system: You are a helpful assistant.
user:
Analyze the provided spectrum to determine if it is a **S-type Star**.

- **Key Indicators for S-type Star:**

    - **(Overall Spectrum Shape):** The first and most obvious characteristic is the overall continuum (the "baseline" shape). It is **extremely "red-sloping,"** meaning the flux (light intensity) is very low on the left side (blue, ~4000-4500 Å) and rises steeply and continuously toward the right side (red, ~7000 Å+).

    - **(Primary):** The spectrum is defined by the presence of strong, broad molecular absorption "valleys" (bands) from **Zirconium Oxide (ZrO)**. The identification of these bands is the **primary requirement** for classifying a star as S-type.
        - **(Key Bandheads):** You must find distinct, deep "dips" where the light has been absorbed. The most critical band systems to locate are:
            - **~6474 Å** ($\gamma$-system): This is often the strongest and clearest ZrO feature, found in the red part of the spectrum.
            - **~5718 Å** & **~5551 Å** ($\beta$-system): A pair of prominent absorption features in the yellow-orange part of the spectrum.
            - **~4640 Å** ($\alpha$-system): A key absorption band system in the blue-green region of the spectrum.

    - **(Secondary Confirmation):** The classification is strengthened by finding additional absorption bands from other related heavy element oxides, which are expected to be present alongside ZrO.
        - **(Key Bandheads):**
            - **Yttrium Oxide (YO):** Look for absorption dips near **~4800 Å** and **~6100 Å**.
            - **Lanthanum Oxide (LaO):** Additional absorption features, particularly in the red-orange part of the spectrum, are also characteristic.

    - **(Line Profile):** The combination of the steep red continuum and these numerous, deep molecular bands (ZrO, YO, etc.) gives the entire spectrum a very **"chopped-up"** or **"bumpy"** appearance. Instead of a smooth curve, the spectrum looks as though large, wide chunks of light have been "carved out" of it at the specific wavelengths listed above.

Think first, call **spectral_visualization_tool** if needed to examine features in detail, then provide your final answer. Your response must adhere to the following strict rules:
1.  **Overall Structure:** Your response must follow the format `<think>...</think> <tool_call>...</tool_call> (if a tool is used) <answer>...</answer>`.
2.  **Tool Usage Constraint:** You may only make **one** tool call per turn.
3.  **Final Answer Format:** In the `<answer>` tag, your conclusion must be inside a `\boxed{}` command (e.g., `\boxed{YES}` or `\boxed{NO}`), followed by your justification.

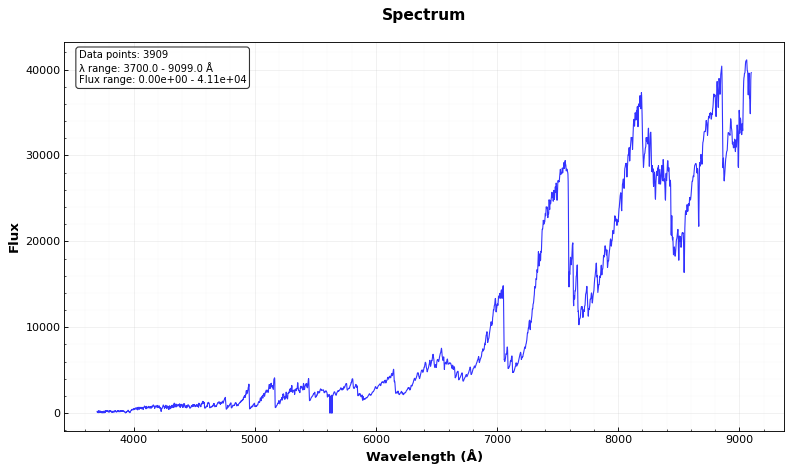
Answer: YES